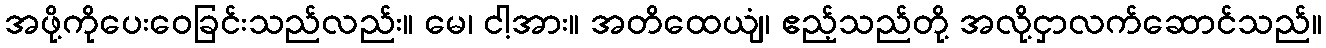
အဖို့ကိုပေးဝေခြင်းသည်လည်း။ မေ၊ ငါ့အား။ အတိထေယျံ၊ ဧည့်သည်တို့ အလို့ငှာလက်ဆောင်သည်။